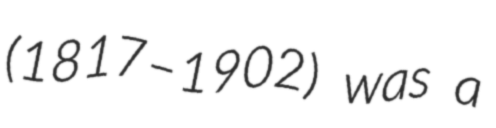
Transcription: (1817–1902) was a